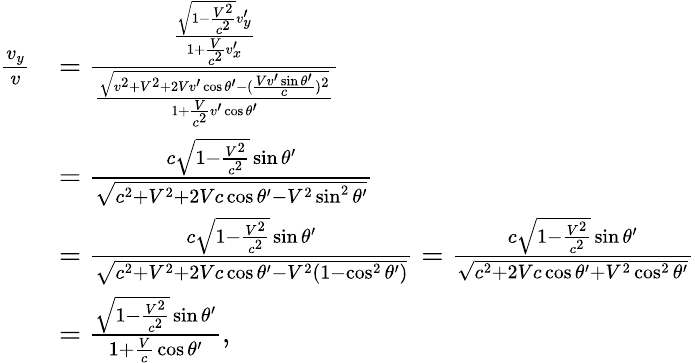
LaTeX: {\begin{array}{rl}{{\frac{v_{y}}{v}}}&{={\frac{\frac{{\sqrt{1-{\frac{V^{2}}{c^{2}}}}}v_{y}^{\prime}}{1+{\frac{V}{c^{2}}}v_{x}^{\prime}}}{\frac{\sqrt{v^{2}+V^{2}+2Vv^{\prime}\cos\theta^{\prime}-({\frac{Vv^{\prime}\sin\theta^{\prime}}{c}})^{2}}}{1+{\frac{V}{c^{2}}}v^{\prime}\cos\theta^{\prime}}}}}\\ &{={\frac{c{\sqrt{1-{\frac{V^{2}}{c^{2}}}}}\sin\theta^{\prime}}{\sqrt{c^{2}+V^{2}+2Vc\cos\theta^{\prime}-V^{2}\sin^{2}\theta^{\prime}}}}}\\ &{={\frac{c{\sqrt{1-{\frac{V^{2}}{c^{2}}}}}\sin\theta^{\prime}}{\sqrt{c^{2}+V^{2}+2Vc\cos\theta^{\prime}-V^{2}(1-\cos^{2}\theta^{\prime})}}}={\frac{c{\sqrt{1-{\frac{V^{2}}{c^{2}}}}}\sin\theta^{\prime}}{\sqrt{c^{2}+2Vc\cos\theta^{\prime}+V^{2}\cos^{2}\theta^{\prime}}}}}\\ &{={\frac{{\sqrt{1-{\frac{V^{2}}{c^{2}}}}}\sin\theta^{\prime}}{1+{\frac{V}{c}}\cos\theta^{\prime}}},}\end{array}}